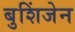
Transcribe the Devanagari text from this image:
बुशिंजेन